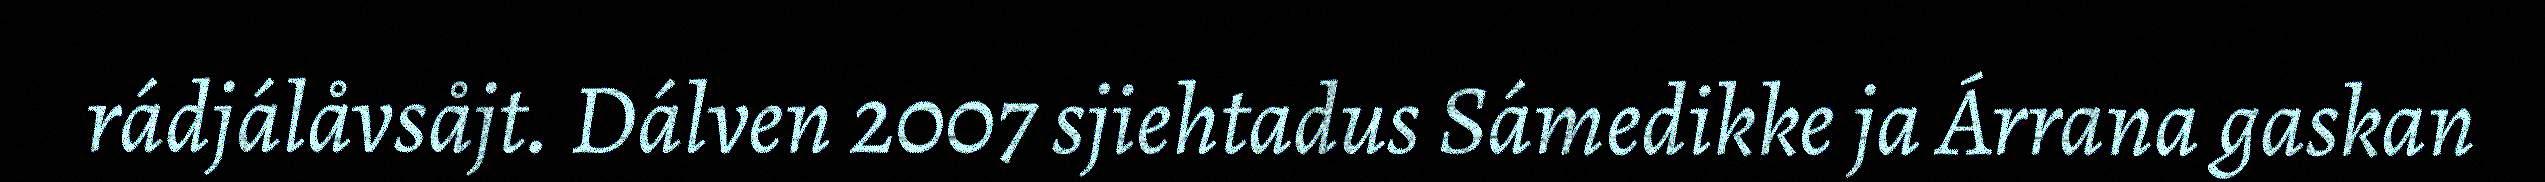
rádjálåvsåjt. Dálven 2007 sjiehtadus Sámedikke ja Árrana gaskan